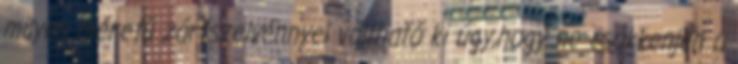
milyen méretü zártszelvénnyel váltható ki úgy,hogy ne csökkenjen a